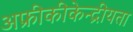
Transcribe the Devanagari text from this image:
अफ्रीकीकेन्द्रीयता